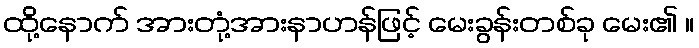
ထို့နောက် အားတုံ့အားနာဟန်ဖြင့် မေးခွန်းတစ်ခု မေး၏ ။